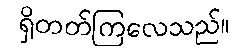
ရှိတတ်ကြလေသည်။